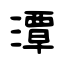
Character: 潭